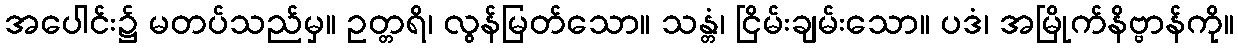
အပေါင်း၌ မတပ်သည်မှ။ ဥတ္တရိ၊ လွန်မြတ်သော။ သန္တံ၊ ငြိမ်းချမ်းသော။ ပဒံ၊ အမြိုက်နိဗ္ဗာန်ကို။